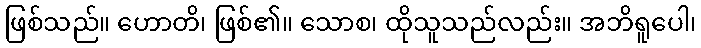
ဖြစ်သည်။ ဟောတိ၊ ဖြစ်၏။ သောစ၊ ထိုသူသည်လည်း။ အဘိရူပေါ၊